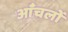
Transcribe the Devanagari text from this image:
आँचलों